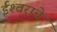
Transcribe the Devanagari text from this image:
ईश्‍वराचे